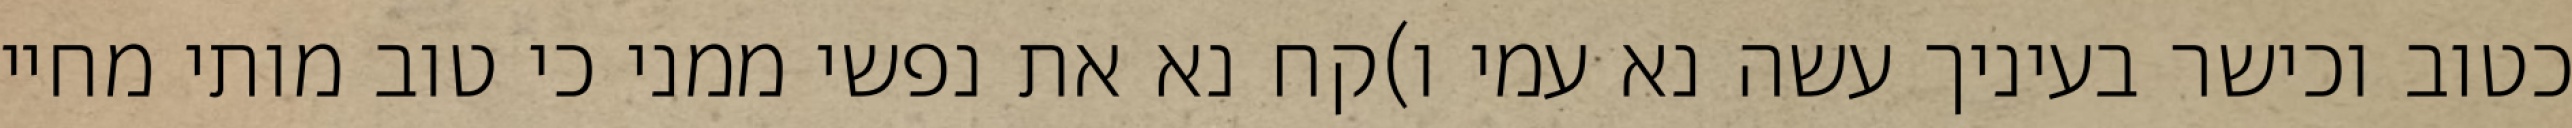
כטוב וכישר בעיניך עשה נא עמי ו)קח נא את נפשי ממני כי טוב מותי מחיי